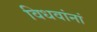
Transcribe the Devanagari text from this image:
विधवांनां